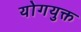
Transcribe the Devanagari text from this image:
योगयुक्त